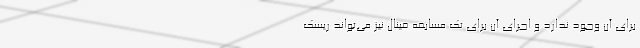
برای آن وجود ندارد و اجرای آن برای تک مسابقه فینال نیز می‌تواند ریسک